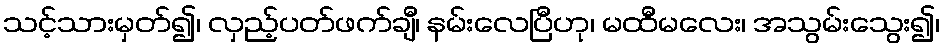
သင့်သားမှတ်၍၊ လှည့်ပတ်ဖက်ချီ၊ နမ်းလေပြီဟု၊ မထီမလေး၊ အသွမ်းသွေး၍၊